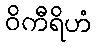
ဝိကီရိဟံ